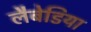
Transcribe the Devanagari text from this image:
लैबेडिया